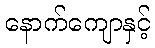
နောက်ကျောနှင့်